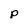
Character: p